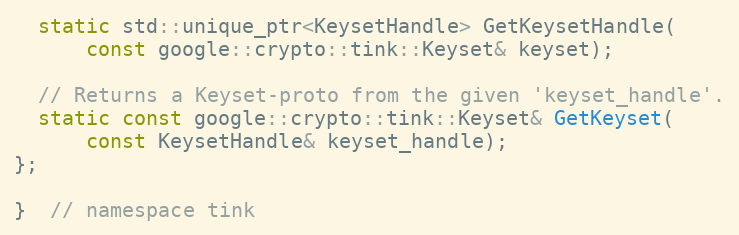
Language: C
  static std::unique_ptr<KeysetHandle> GetKeysetHandle(
      const google::crypto::tink::Keyset& keyset);

  // Returns a Keyset-proto from the given 'keyset_handle'.
  static const google::crypto::tink::Keyset& GetKeyset(
      const KeysetHandle& keyset_handle);
};

}  // namespace tink